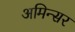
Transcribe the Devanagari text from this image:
अमिन्सर